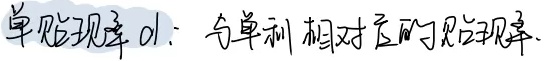
单贴现率 \(d\)：与单利相对应的贴现率。